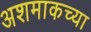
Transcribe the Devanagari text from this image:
अशमाकच्या